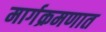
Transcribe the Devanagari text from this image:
मार्गक्रमणात